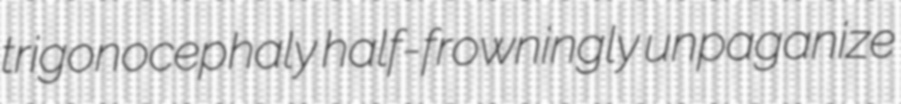
trigonocephaly half-frowningly unpaganize